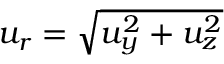
u _ { r } = \sqrt { u _ { y } ^ { 2 } + u _ { z } ^ { 2 } }